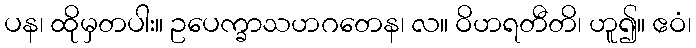
ပန၊ ထိုမှတပါး။ ဥပေက္ခာသဟဂတေန၊ လ။ ဝိဟရတီတိ၊ ဟူ၍။ ဧဝံ၊